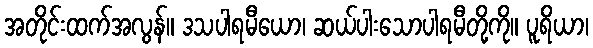
အတိုင်းထက်အလွန်။ ဒသပါရမီယော၊ ဆယ်ပါးသောပါရမီတို့ကို။ ပူရိယာ၊